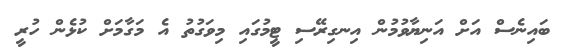
ބައިނެސް އަށް އަނިޔާވުމުން އިނގިރޭސި ޓީމުގައި މިވަގުތު އެ މަގާމަށް ކުޅެން ހުރީ